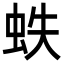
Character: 蛈